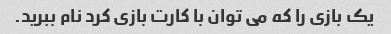
یک بازی را که می توان با کارت بازی کرد نام ببرید.